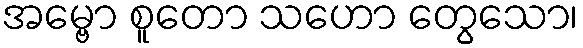
အမ္ဗော စူတော သဟော တွေသော၊